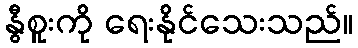
နွီစူးကို ရေးနိုင်သေးသည်။